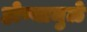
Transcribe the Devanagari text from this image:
होण्यामुळे